Report of the Indian Hemp Drugs Commission, 1894-1895 - Volume I
Year: 1894
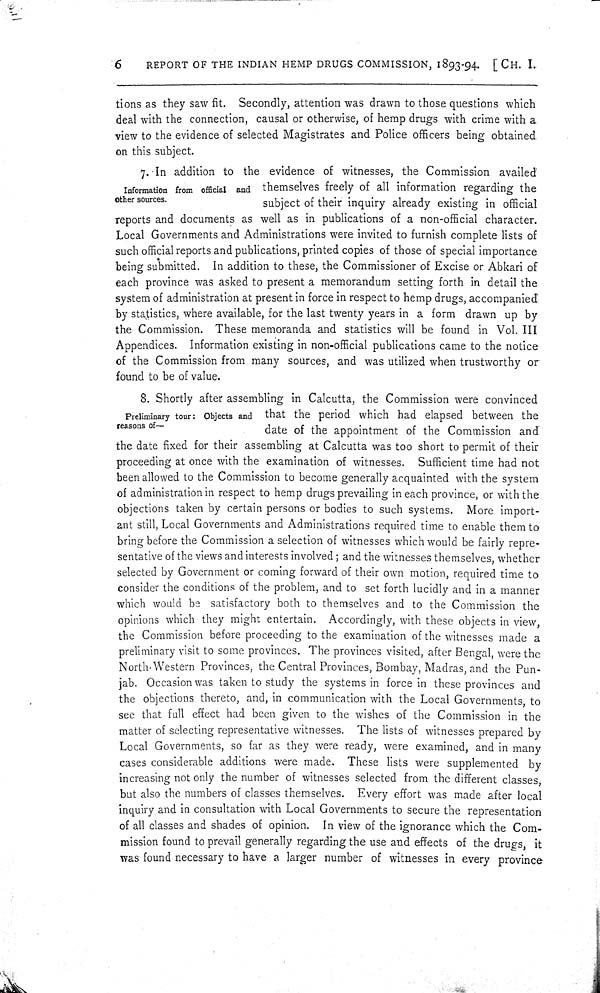
6
REPORT OF THE INDIAN HEMP DRUGS COMMISSION, 1893-94. [CH. I.
tions as they saw fit. Secondly, attention was drawn to those questions which
deal with the connection, causal or otherwise, of hemp drugs with crime with a
view to the evidence of selected Magistrates and Police officers being obtained
on this subject.
Information from official and
other sources.
7. In addition to the evidence of witnesses, the Commission availed
themselves freely of all information regarding the
subject of their inquiry already existing in official
reports and documents as well as in publications of a non-official character.
Local Governments and Administrations were invited to furnish complete lists of
such official reports and publications, printed copies of those of special importance
being submitted. In addition to these, the Commissioner of Excise or Abkari of
each province was asked to present a memorandum setting forth in detail the
system of administration at present in force in respect to hemp drugs, accompanied
by statistics, where available, for the last twenty years in a form drawn up by
the Commission. These memoranda and statistics will be found in Vol. III
Appendices. Information existing in non-official publications came to the notice
of the Commission from many sources, and was utilized when trustworthy or
found to be of value.
Preliminary tour: Objects and
reasons of—
8. Shortly after assembling in Calcutta, the Commission were convinced
that the period which had elapsed between the
date of the appointment of the Commission and
the date fixed for their assembling at Calcutta was too short to permit of their
proceeding at once with the examination of witnesses. Sufficient time had not
been allowed to the Commission to become generally acquainted with the system
of administration in respect to hemp drugs prevailing in each province, or with the
objections taken by certain persons or bodies to such systems. More import-
ant still, Local Governments and Administrations required time to enable them to
bring before the Commission a selection of witnesses which would be fairly repre-
sentative of the views and interests involved; and the witnesses themselves, whether
selected by Government or coming forward of their own motion, required time to
consider the conditions of the problem, and to set forth lucidly and in a manner
which would be satisfactory both to themselves and to the Commission the
opinions which they might entertain. Accordingly, with these objects in view,
the Commission before proceeding to the examination of the witnesses made a
preliminary visit to some provinces. The provinces visited, after Bengal, were the
North Western Provinces, the Central Provinces, Bombay, Madras, and the Pun-
jab. Occasion was taken to study the systems in force in these provinces and
the objections thereto, and, in communication with the Local Governments, to
see that full effect had been given to the wishes of the Commission in the
matter of selecting representative witnesses. The lists of witnesses prepared by
Local Governments, so far as they were ready, were examined, and in many
cases considerable additions were made. These lists were supplemented by
increasing not only the number of witnesses selected from the different classes,
but also the numbers of classes themselves. Every effort was made after local
inquiry and in consultation with Local Governments to secure the representation
of all classes and shades of opinion. In view of the ignorance which the Com-
mission found to prevail generally regarding the use and effects of the drugs, it
was found necessary to have a larger number of witnesses in every province